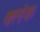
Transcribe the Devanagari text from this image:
क्लंक